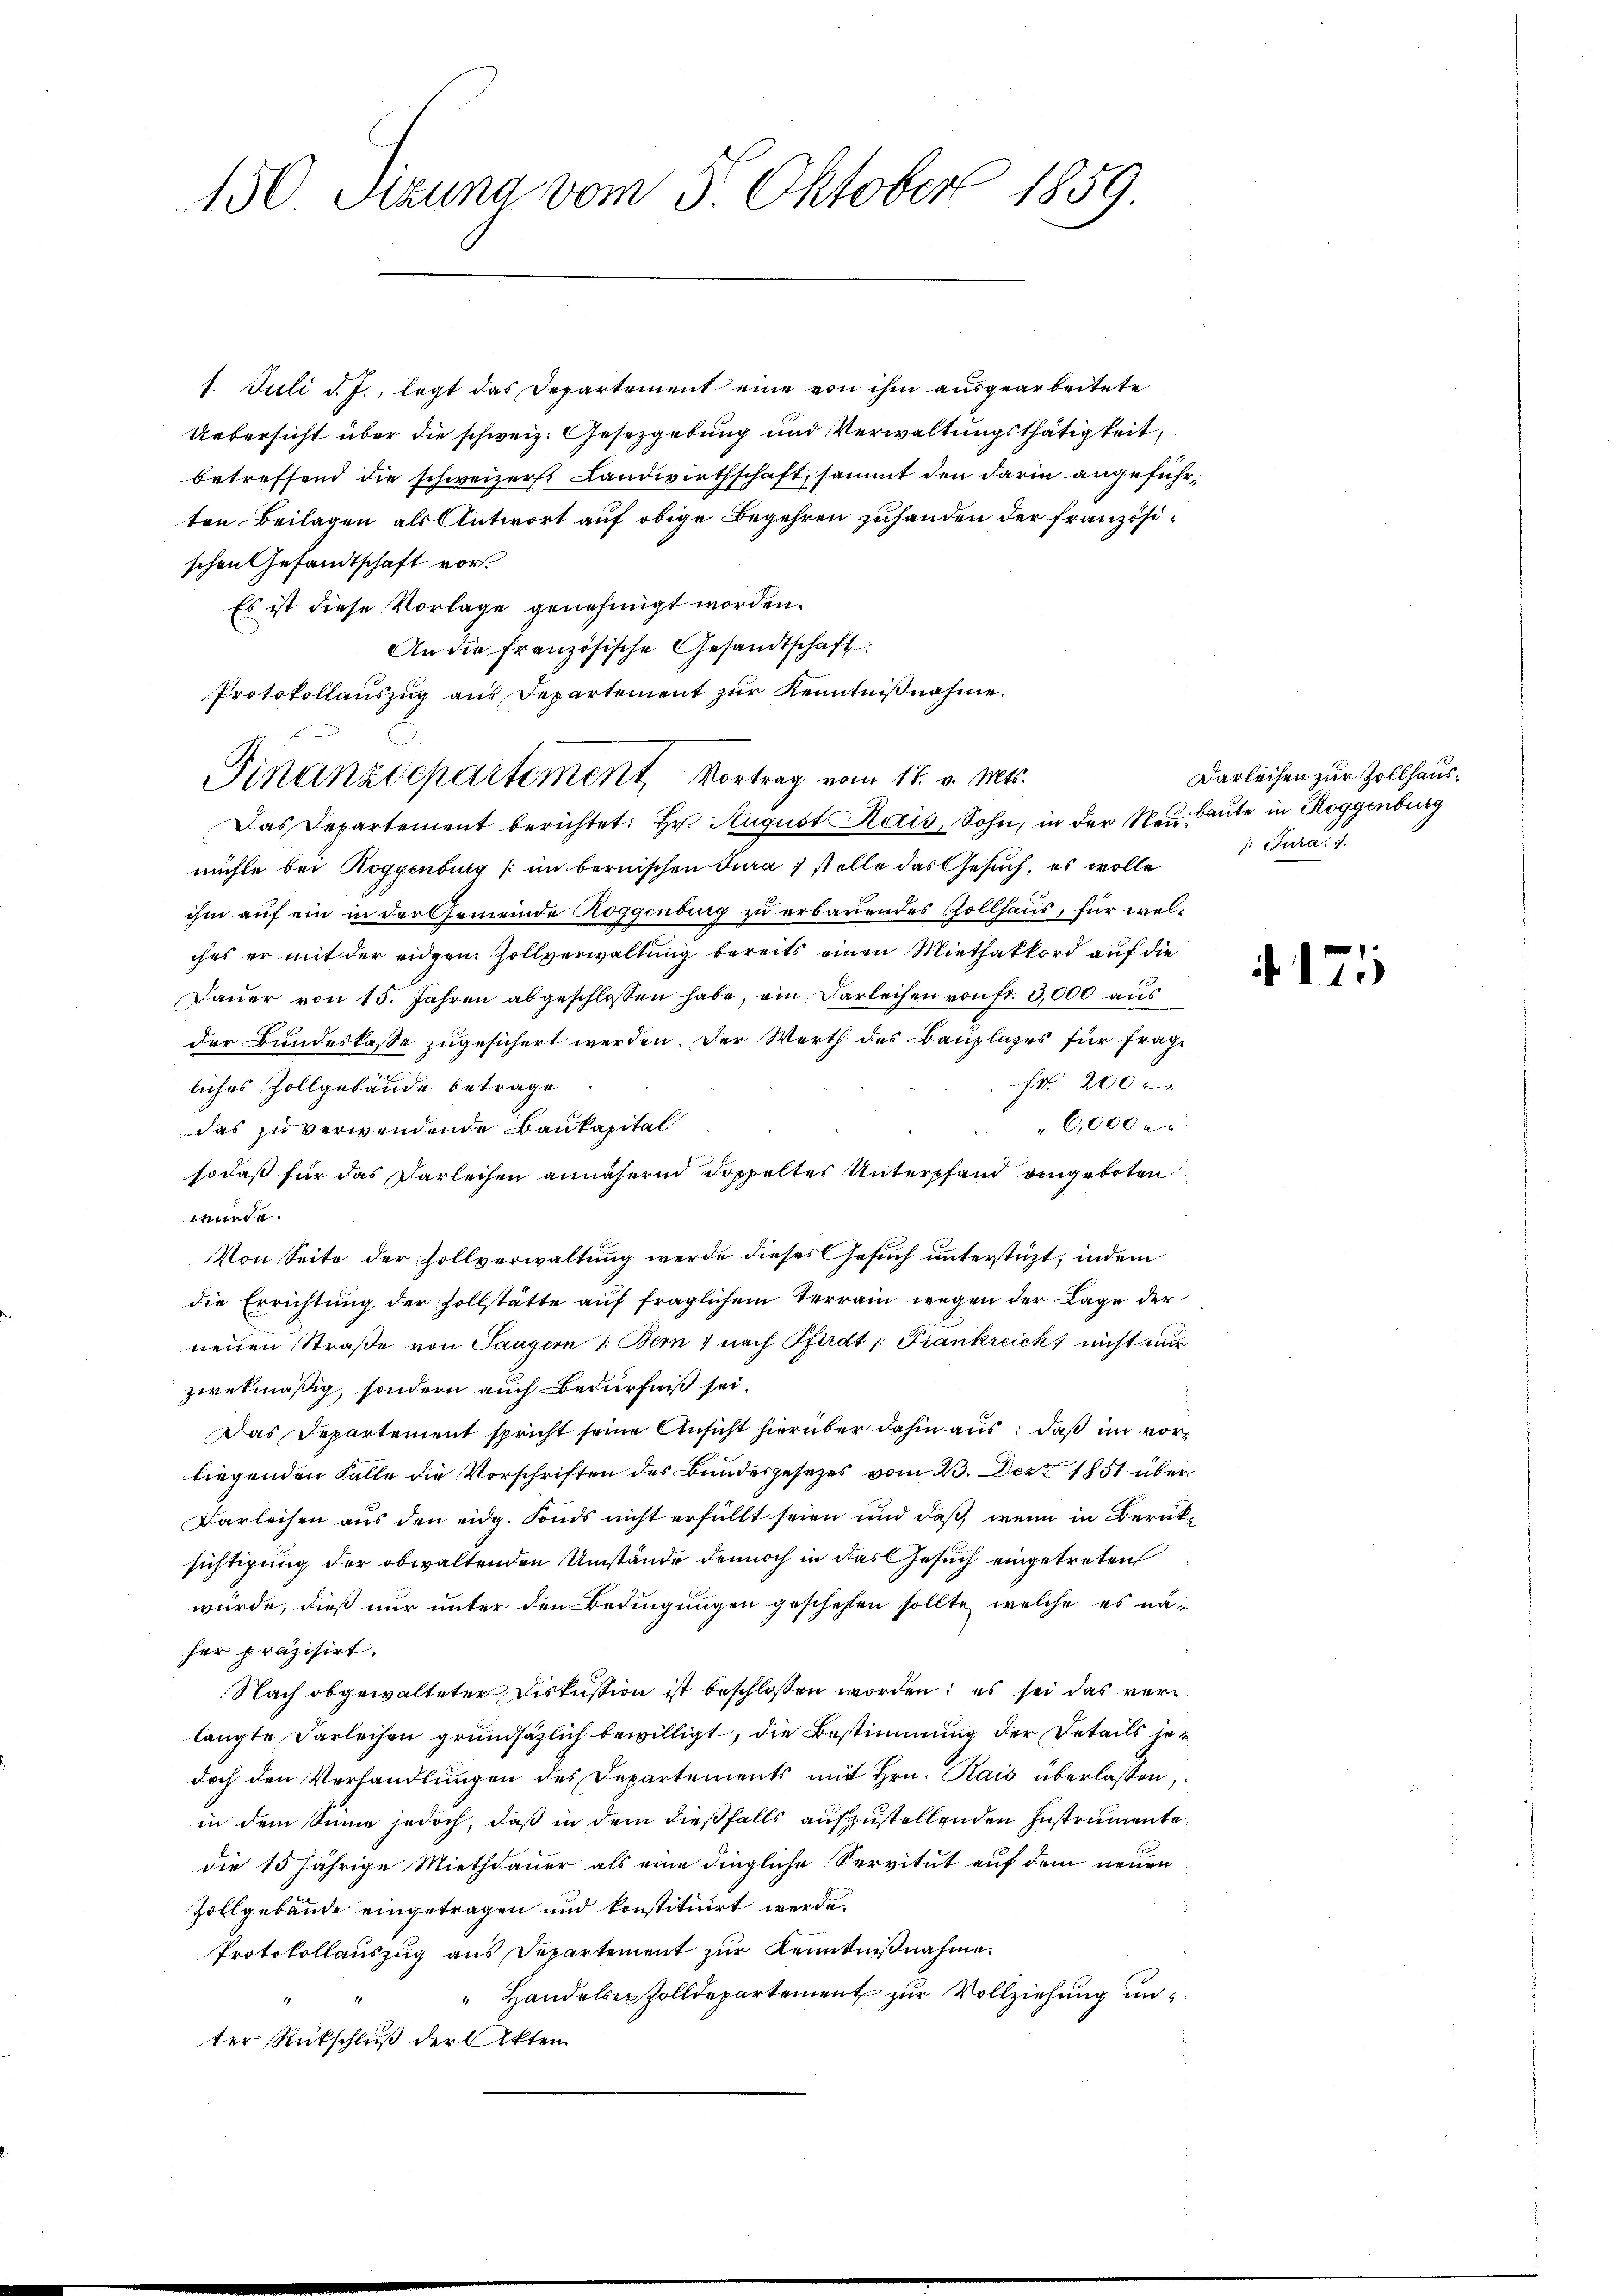
150 Tizuna vom 5. Oktober 1859.

1. Juli d. J., legt das Departement eine von ihm ausgearbeitete
Uebersicht über die schweiz. Gesetzgebung und Verwaltungsthätigkeit,
betreffend die schweizerst Landwirthschaft, sammt den darin angeführten Beilagen als Antwort auf obige Begehren zuhanden der französischen Gesandtschaft vor.
Es ist diese Vorlage genehmigt worden.
An die französische Gesandtschaft
Protokollaŭszŭg aŭs Departement zŭr Kenntniβnahme.
Das Departement berichtet: Hr. August Kais, Sohn, in der Neubaute in Roggenburg
mühle bei Roggenburg (im bernischen Jura 1 stelle das Gesŭch, es wolle Jura. 1.
ihm auf ein in der Gemeinde Roggenburg zu erbauendes Gollhaus, für welches er mit der eidgen. Zollverwaltung bereits einen Miethakkord auf die
Daŭer von 15. Jahren abgeschlossen habe, ein Darleihen von fr. 3,000 aŭs
der Bundeskasse zugesichert werden. Der Werth des Bauplazes für frage
f 200 x
liches Zollgebäude betrage
6,000
das zu verwendende Baukapital
sodaß für das Darleihen annähernd doppeltes Unterpfand eingeboten
würde.
Von Seite der Zollverwaltung werde dieses Gesuch unterstüzt, indem
die Errichtung der Zollstätte aŭf fraglichem Terrain wegen der Lage der
neuen Straße von Sangern 1: Bern 1 nach Pfirdt /: Frankreich nicht nur
zwekmäßig, sondern auch Bedürfniß sei.
Das Departement spricht seine Ansicht hierüber dahin aus: daß im vorliegenden Falle die Vorschriften des Bundesgesetzes vom 23. Dez. 1851 über
Darleisen aus den eidg. Fonds nicht erfüllt seien und daß wenn in Berücksichtigung der obwaltenden Umstände dennoch in das Gesuch eingetreten
würde, dieß nur unter den Bedingungen geschehen sollte, welche es näher präzisirt.
Nach obgewalteter Diskussion ist beschlossen worden; es sei das verlangte Darleihen grundsätzlich bewilligt, die Bestimmung der Details jedoch den Verhandlungen des Departements mit Hrn. Kais überlassen;
in dem Sinne jedoch, daß in dem dießfalls aufzustellenden Instrumentadie 15 jährige Miethdauer als eine dingliche Servitut auf dem neuen
Zollgebäude eingetragen und konstituirt werde.
Protokollauszug aus Departement zur Kenntnißnahme.
" Handelser Zolldepartement zur Vollziehung un
ter Rückschluß der Akten

.
Finanzdepartement Vortrag vom 17. v. Mts.

Darleihen zur Zollhaus¬

171